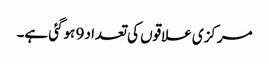
مرکزی علاقوں کی تعداد 9 ہوگئی ہے۔